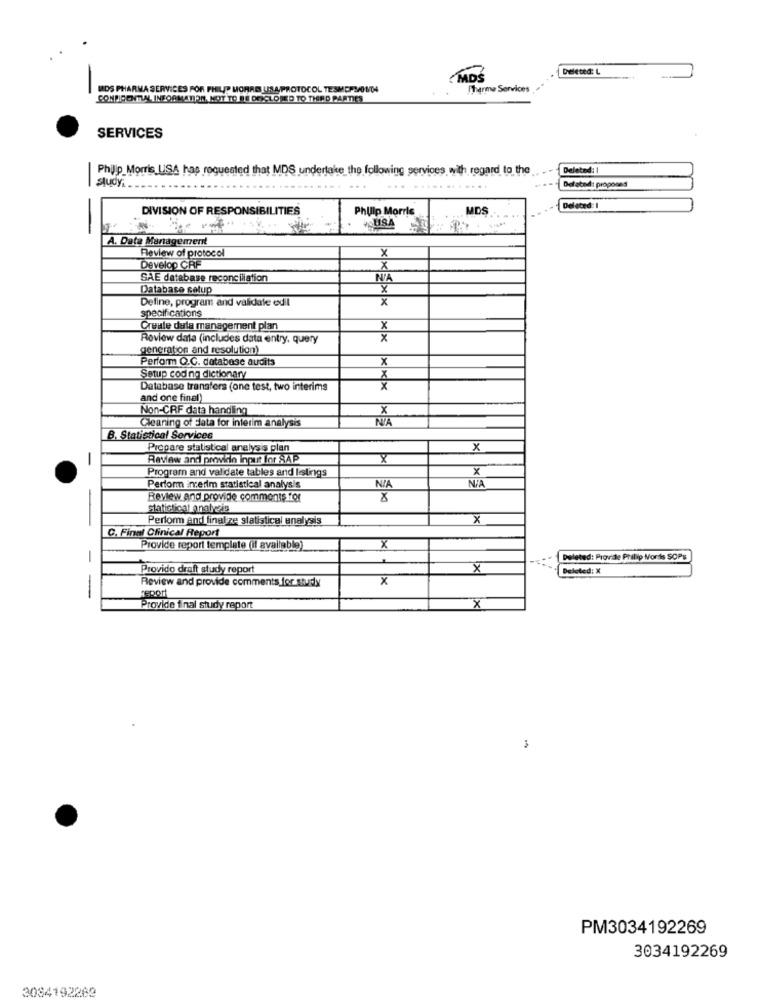
Deleted: L
ADS
UDS PHARMA SERVICES FOR PHILIP MORRIS USA PROTOCOL TESHOPS/OUUN
Charme Services
CONFICONTILAL INFORMATION, NOT TO BE DOCLOSED TO THIRD PARTIES
SERVICES
Philip Morris USA has requested that MDS undertake the following services with regard to the
Deleted: 1
-
study.
Delated: proposes
DIVISION OF RESPONSIBILITIES
Philip Morris
MDS
Deleted: 1
USA
A. Data Management
Review of protocol
x
Develop CRF
X
SAE database reconciliation
NA
Database setup
Define, program and validate edil
x
specifications
Creile dela management plan
X
Review data (includes data entry, query
x
generation and resolution)
Perform Q.C. database audits
X
Setup cod ng dictionary
X
Database transfers (one test, two interims
X
and one final
Non-CRF data handling
x
Cleaning of data for interim analysis
NIA
B. Statistical Services
Prepare statistical analysis plan
x
-
Review and prewith input for SAP
X
Program and validate tables and listings
x
Perform ncerm statistical analysis
NIA
Review and provide comments for
Statistical analysis
Perform and final ze statistical analysis
X
-
C. Final Clinical Report
Provide report template (il available"
X
-
Deleted: Provide Philip Morris SOPS
Provido draft study report
X
Deleted: X
Review and provide comments for sturly
x
-
report
Provide final study report
X
PM3034192269
3034192269
3084192269